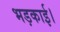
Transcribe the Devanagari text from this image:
भड़काई।